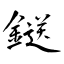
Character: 鎹